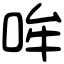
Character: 哞